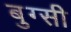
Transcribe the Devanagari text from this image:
बुग्‍सी